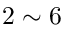
2 \sim 6